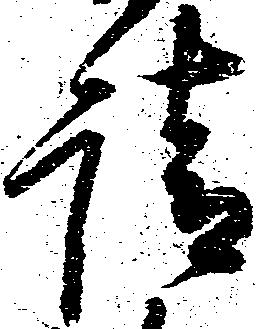
請